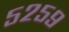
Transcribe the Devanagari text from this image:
५२५९